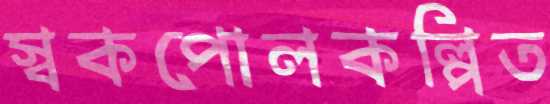
স্বকপোলকল্পিত